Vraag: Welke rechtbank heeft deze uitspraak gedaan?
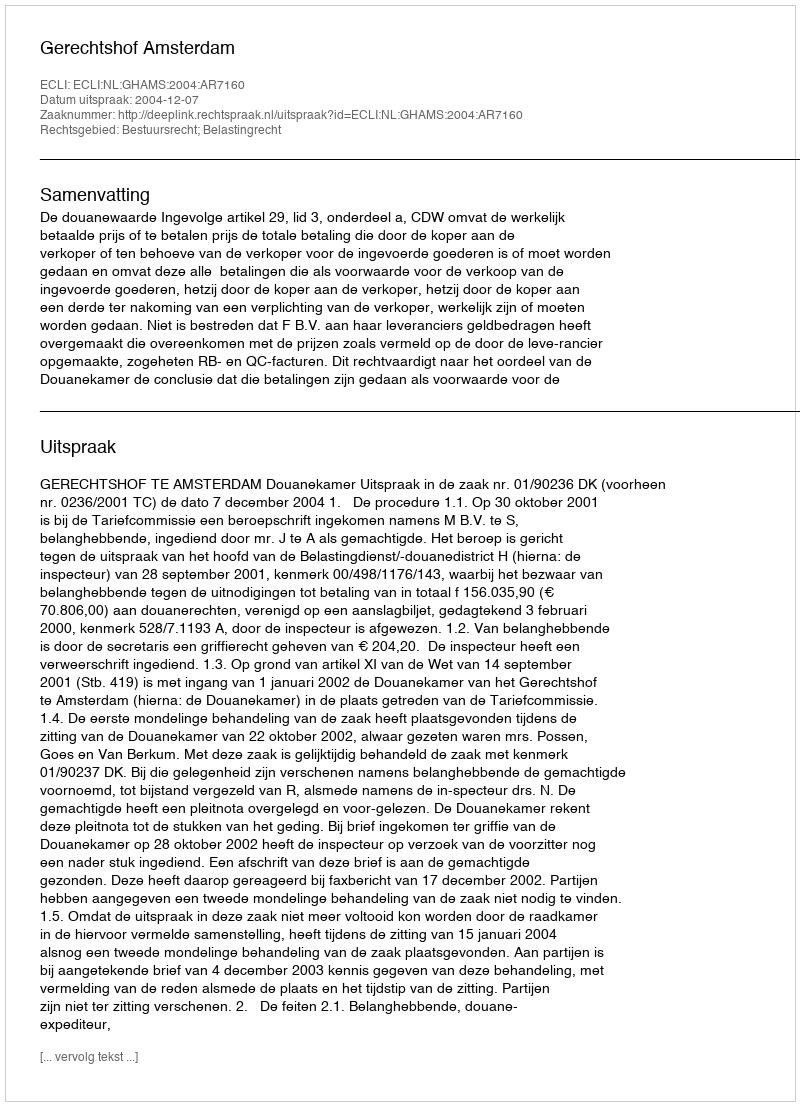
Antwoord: Gerechtshof Amsterdam